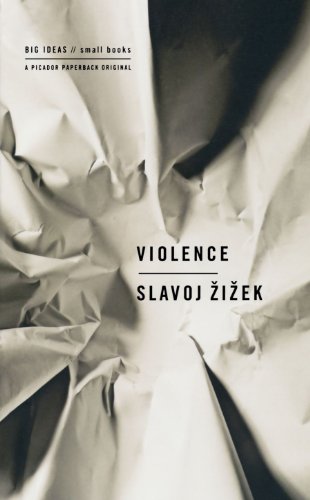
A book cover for Violence: Six Sideways Reflections (Big Ideas/Small Books); Slavoj Zizek; Politics & Social Sciences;